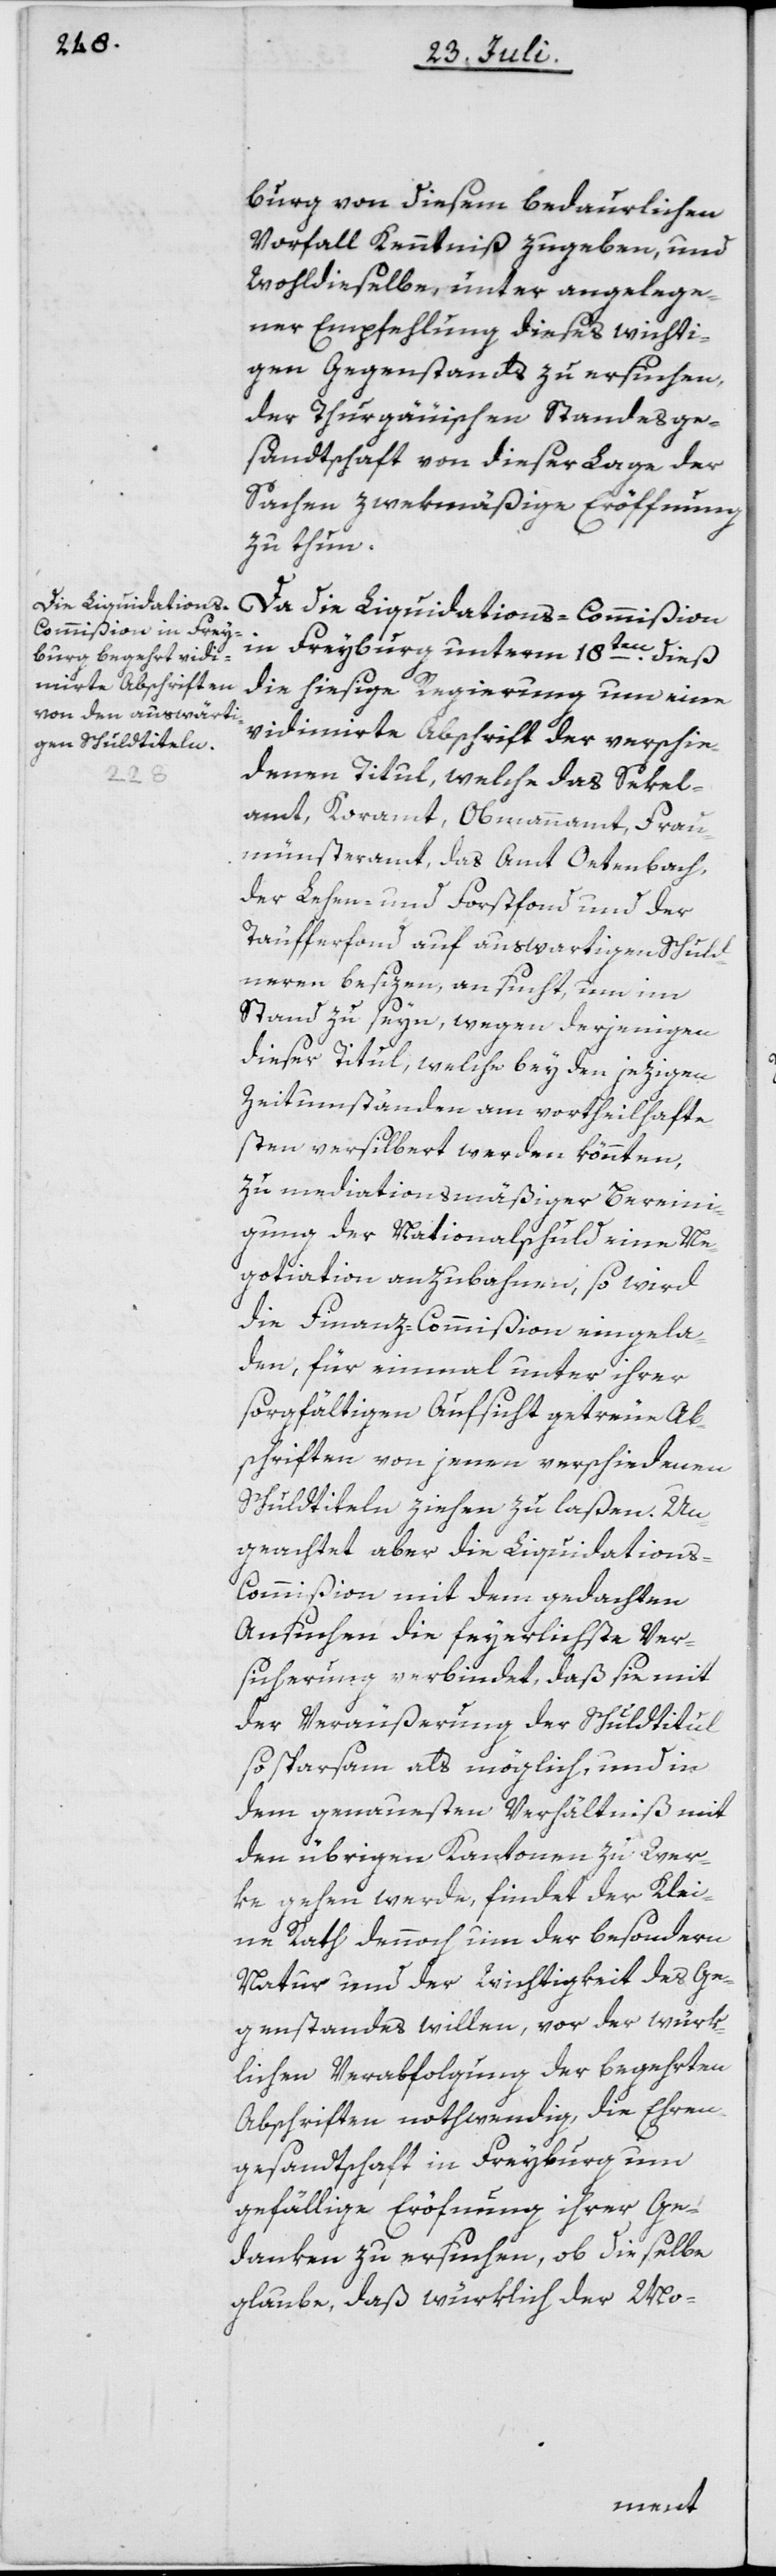
burg von diesem bedaurlichen
Vorfall Kenntniß zugeben, und
Wohldieselbe, unter angelege¬
ner Empfehlung dieses wichti¬
gen Gegenstands zu ersuchen,
der Thurgäuischen Standesge¬
sandtschaft von dieser Lage der
Sachen zwekmäßige Eröffnung
zu thun .
Da die Liquidations-Commißion
in Freyburg unterm 18ten dieß
die hiesige Regierung um eine
vidimirte Abschrift der verschie¬
denen Titul, welche das Sekel¬
amt, Koramt [sic!], Obmannamt, Frau¬
münsteramt, das Amt Oetenbach,
der Lehen- und Forstfond und der
Täufferfond auf auswartigen Schuld¬
neren besizen, ansucht, um im
Stand zu seyn, wegen derjenigen
dieser Titul, welche bey den jezigen
Zeitumständen am vortheilhafte¬
sten versilbert werden könnten,
zu mediationsmäßiger Bereini¬
gung der Nationalschuld eine Ne¬
gotiation anzubahnen, so wird
die Finanz-Commißion eingela¬
den, für einmal unter ihrer
sorgfältigen Aufsicht getreue Ab¬
schriften von jenen verschiedenen
Schuldtiteln ziehen zu laßen. Un¬
geachtet aber die Liquidation¬
s-Commißion mit dem gedachten
Ansuchen die feyerlichste Ver¬
sicherung verbindet, daß sie mit
der Veräußerung der Schuldtitul
so sparsam als möglich, und in
dem genauesten Verhältniß mit
den übrigen Kantonen zu Wer¬
ke gehen werde, findet der Klei¬
ne Rath dennoch um der besondern
Natur und der Wichtigkeit des Ge¬
genstandes willen, vor der würk¬
lichen Verabfolgung der begehrten
Abschriften nothwendig, die Ehren¬
gesandtschaft in Freyburg um
gefällige Eröfnung ihrer Ge¬
danken zu ersuchen, ob dieselbe
glaube, daß würklich der Mo-